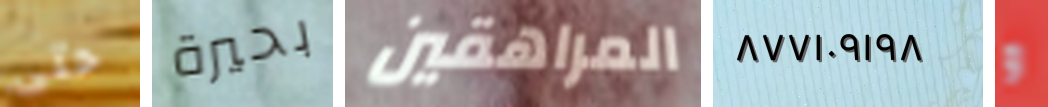
حتى بحيرة المراهقين ٨٧٧١٠٩١٩٨ و